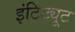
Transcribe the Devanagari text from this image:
इंटिट्यूट